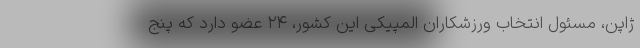
ژاپن، مسئول انتخاب ورزشکاران المپیکی این کشور، ۲۴ عضو دارد که پنج